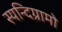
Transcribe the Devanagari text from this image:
स्यन्दिग्रामो